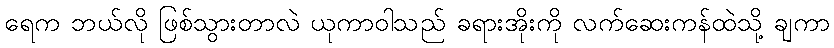
ရေက ဘယ်လို ဖြစ်သွားတာလဲ ယုကာဝါသည် ခရားအိုးကို လက်ဆေးကန်ထဲသို့ ချကာ